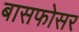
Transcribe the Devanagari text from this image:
बासफोसर